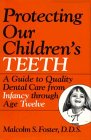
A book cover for Protecting Our Children's Teeth: A Guide to Quality Dental Care from Infancy Through Age 12; Malcolm S. Foster; Medical Books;